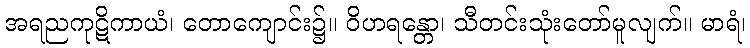
အရညကုဋိကာယံ၊ တောကျောင်း၌။ ဝိဟရန္တော၊ သီတင်းသုံးတော်မူလျက်။ မာရံ၊